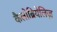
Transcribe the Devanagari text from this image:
कैलोब्रियेलिज़